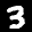
Label: 3